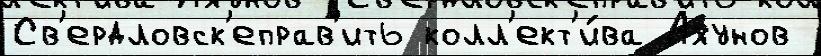
Св'ердловск'еправ'ить колл'ект'и́ва Ахунов